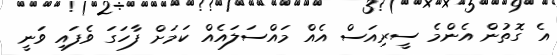
އެ ގޮތުން އެންމެ ސީރިއަސް އެއް މައްސަލައެއް ކަމަށް ފާހަގަ ވެފައި ވަނީ